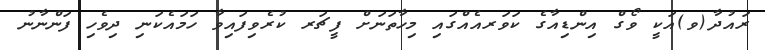
ރައުދާ(ވ)އަކީ ވޯގް އިންޑިއާގެ ކަވަރއެއްގައި މިހާތަނަށް ފީޗަރ ކުރެވިފައިވާ ހަމައެކަނި ދިވެހި ފަންނާނު